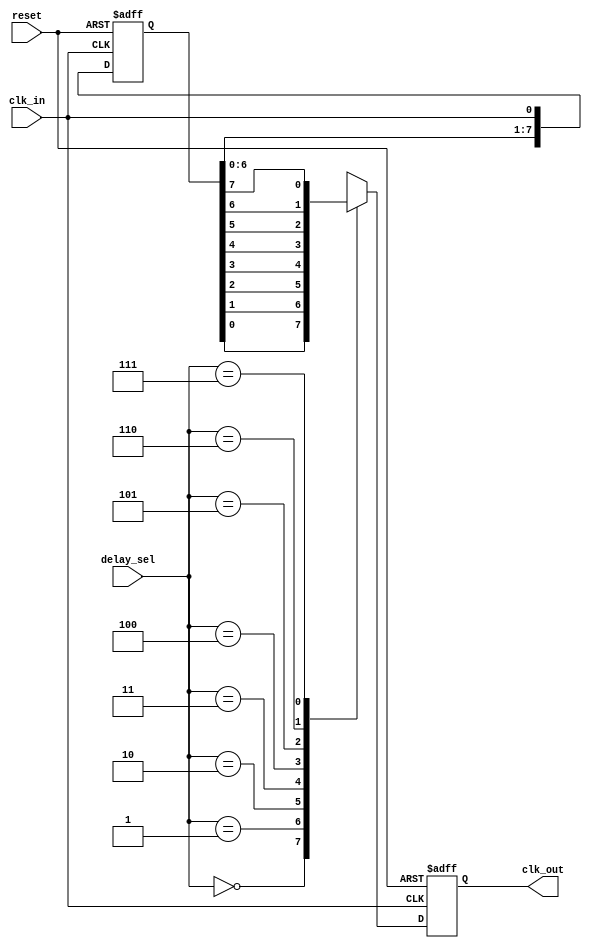
module delay_clock_buffer (
    input wire clk_in,          // Input Clock Signal
    input wire reset,           // Reset Signal
    input wire [2:0] delay_sel, // Delay Selection (0-7 for 8 delay options)
    output reg clk_out          // Delayed Clock Signal
);

    // Local parameters defining delays (in simulation units; adjust as necessary)
    localparam DELAY_0 = 0;
    localparam DELAY_1 = 1; // Represents 1 clock cycle delay
    localparam DELAY_2 = 2; // Represents 2 clock cycles delay
    localparam DELAY_3 = 3; // Represents 3 clock cycles delay
    localparam DELAY_4 = 4; // Represents 4 clock cycles delay
    localparam DELAY_5 = 5; // Represents 5 clock cycles delay
    localparam DELAY_6 = 6; // Represents 6 clock cycles delay
    localparam DELAY_7 = 7; // Represents 7 clock cycles delay

    // Internal registers for delayed clock storage
    reg [7:0] delay_line; // 8 bits for each delay level

    // Clock generation with delay logic
    always @(posedge clk_in or posedge reset) begin
        if (reset) begin
            clk_out <= 0; // Reset output clock
            delay_line <= 0; // Clear delay line
        end else begin
            // Shift delay line according to the selected delay
            delay_line <= {delay_line[6:0], clk_in};

            // Assign the output clock based on selected delay
            case (delay_sel)
                3'b000: clk_out <= delay_line[0]; // No delay
                3'b001: clk_out <= delay_line[1]; // 1 clock cycle delay
                3'b010: clk_out <= delay_line[2]; // 2 clock cycles delay
                3'b011: clk_out <= delay_line[3]; // 3 clock cycles delay
                3'b100: clk_out <= delay_line[4]; // 4 clock cycles delay
                3'b101: clk_out <= delay_line[5]; // 5 clock cycles delay
                3'b110: clk_out <= delay_line[6]; // 6 clock cycles delay
                3'b111: clk_out <= delay_line[7]; // 7 clock cycles delay
                default: clk_out <= clk_in; // Default case (should not happen)
            endcase
        end
    end
endmodule